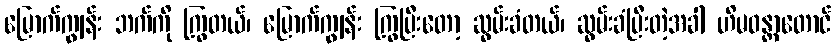
မြောက်ကျွန်း ဘက်ကို ကြွတယ်၊ မြောက်ကျွန်း ကြွပြီးတော့ ဆွမ်းခံတယ်၊ ဆွမ်းခံပြီးတဲ့အခါ ဟိမဝန္တာတောင်